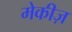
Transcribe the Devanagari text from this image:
मेकीज़